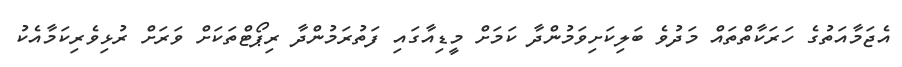
އެޖަމާއަތުގެ ހަރަކާތްތައް މަދުވެ ބަލިކަށިވަމުންދާ ކަމަށް މީޑިއާގައި ފަތުރަމުންދާ ރިޕޯޓްތަކަށް ވަރަށް ރުޅިވެރިކަމާއެކު